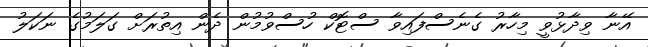
އޭނާ ވިދާޅުވީ މިހާރު ގެނެސްފައިވާ ސްޓޮކް ހުސްވުމުން ދެން އިތުރަށް ގަލަމުގެ ނަކަލު